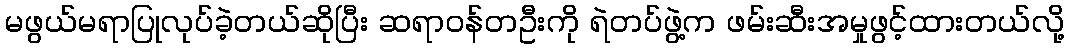
မဖွယ်မရာပြုလုပ်ခဲ့တယ်ဆိုပြီး ဆရာဝန်တဦးကို ရဲတပ်ဖွဲ့က ဖမ်းဆီးအမှုဖွင့်ထားတယ်လို့